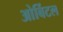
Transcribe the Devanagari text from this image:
ओर्बिटल